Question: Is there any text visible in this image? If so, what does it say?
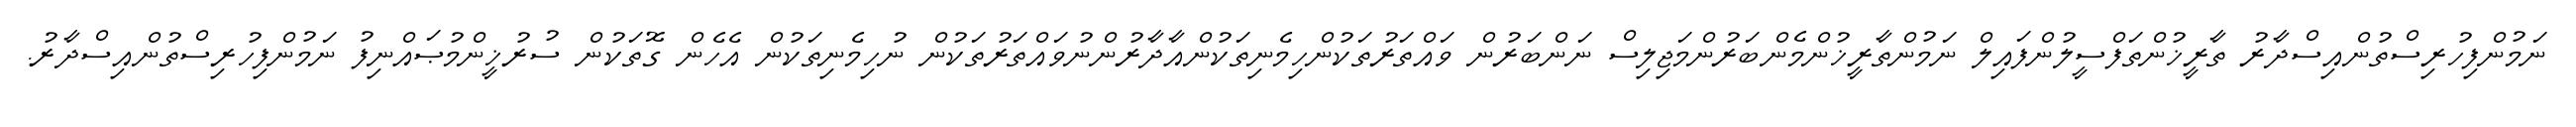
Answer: ނަމުންފިހުރިސްތުންއިސްދާރު ތާރީޚުންތަފްސީލުންފައިލް ނަމުންތާރީޚުންމެންބަރުންމަޖިލިސް ނަންބަރުން ވައްތަރުތަކުންހިމެނިތަކުންއާދާރުންނުވައްތަރުތަކުން ނުހިމެނިތަކުން އެހެން ގޮތަކުން ސުރުޚީންމުޞައްނިފު ނަމުންފިހުރިސްތުންއިސްދާރު.